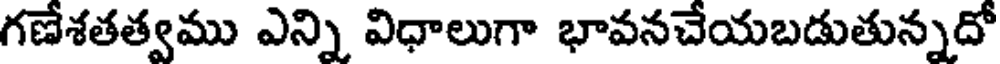
గణేశతత్వము ఎన్ని విధాలుగా భావనచేయబడుతున్నదో